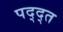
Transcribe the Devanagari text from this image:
पद्द्त